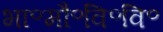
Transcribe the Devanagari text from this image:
भा॰मौ॰वि॰वि॰